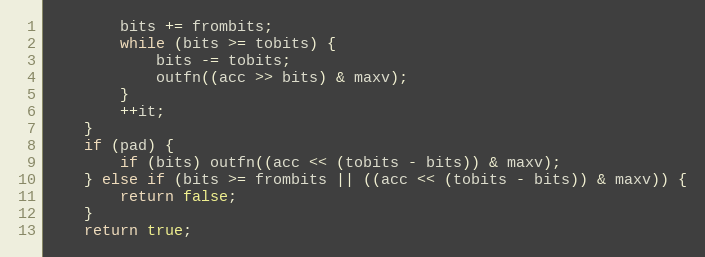
Language: C
        bits += frombits;
        while (bits >= tobits) {
            bits -= tobits;
            outfn((acc >> bits) & maxv);
        }
        ++it;
    }
    if (pad) {
        if (bits) outfn((acc << (tobits - bits)) & maxv);
    } else if (bits >= frombits || ((acc << (tobits - bits)) & maxv)) {
        return false;
    }
    return true;